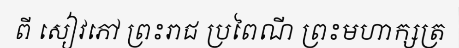
ពី សៀវភៅ ព្រះរាជ ប្រពៃណី ព្រះមហាក្សត្រ